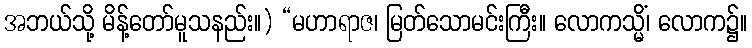
အဘယ်သို့ မိန့်တော်မူသနည်း။) “မဟာရာဇ၊ မြတ်သောမင်းကြီး။ လောကသ္မိံ၊ လောက၌။